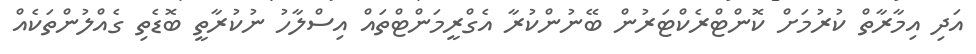
އަދި އިމާރާތް ކުރުމަށް ކޮންޓްރެކްޓަރުން ބޭނުންކުރާ އެގްރީމަންޓްތައް އިސްލާހު ނުކުރާތީ ބޮޑެތި ގެއްލުންތަކެއް